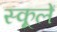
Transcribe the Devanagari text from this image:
स्कूलें